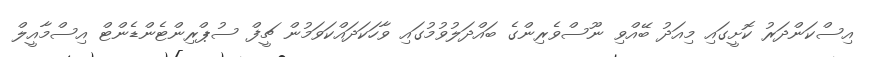
އިސްކަންދަރު ކޮށީގައި މިއަދު ބޭއްވި ނޫސްވެރިންގެ ބައްދަލުވުމުގައި ވާހަކަދައްކަވަމުން ޗީފް ސުޕްރިންޓެންޑެންޓް އިސްމާއީލް